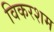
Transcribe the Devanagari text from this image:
विकरशम